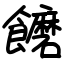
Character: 饝